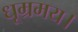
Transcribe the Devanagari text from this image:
धूम्रमय।